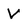
Character: V